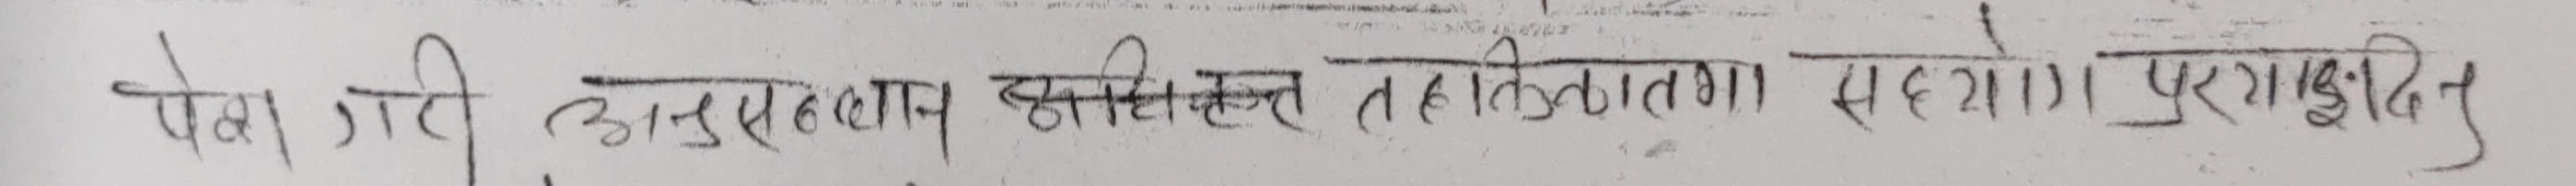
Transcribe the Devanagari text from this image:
पेश गरी अनुसंधान सहित तकनीकी सहायता । पुरातत्व विभाग